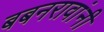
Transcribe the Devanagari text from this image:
बबनरावांनी